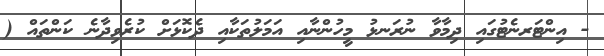
- އިންޓަރނެޓުގައި ދިމާވާ ނުރަނޅު މީހުންނާއި އަމަލުތަކާއި ދެކޮޅަށް ކުރެވިދާނެ ކަންތައް (